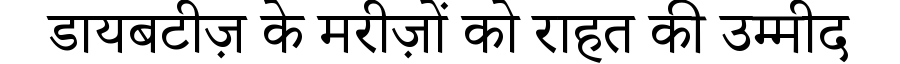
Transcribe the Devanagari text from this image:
डायबटीज़ के मरीज़ों को राहत की उम्मीद